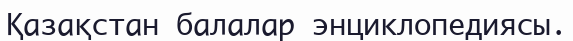
Қазақстан балалар энциклопедиясы.